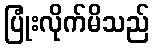
ပြုံးလိုက်မိသည်